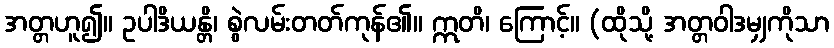
အတ္တဟူ၍။ ဥပါဒိယန္တိ၊ စွဲလမ်းတတ်ကုန်၏။ ဣတိ၊ ကြောင့်။ (ထိုသို့ အတ္တဝါဒမျှကိုသာ